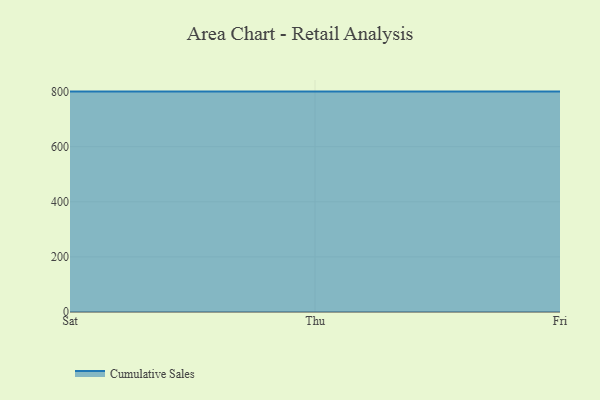
{"axis": {"x": "Day", "y": "Latency (ms)"}, "legend": ["Cumulative Sales"], "data": [{"x": "Sat", "y": 800, "type": "Cumulative Sales"}, {"x": "Thu", "y": 800, "type": "Cumulative Sales"}, {"x": "Fri", "y": 800, "type": "Cumulative Sales"}]}